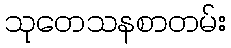
သုတေသနစာတမ်း